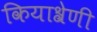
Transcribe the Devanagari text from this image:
कियाश्रेणी